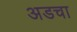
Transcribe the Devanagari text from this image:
अडचा